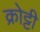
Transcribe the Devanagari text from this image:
क्रोट्टी